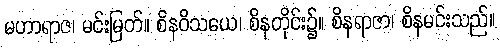
မဟာရာဇ၊ မင်းမြတ်။ စိနဝိသယေ၊ စိနတိုင်း၌။ စိနရာဇာ၊ စိနမင်းသည်။